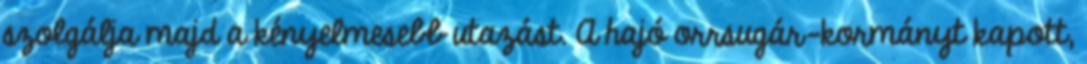
szolgálja majd a kényelmesebb utazást. A hajó orrsugár-kormányt kapott,